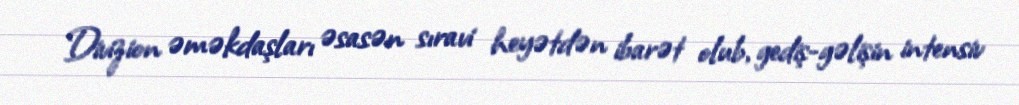
Divizion əməkdaşları əsasən sıravi heyətdən ibarət olub, gediş-gəlişin intensiv